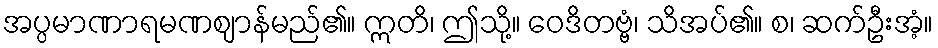
အပ္ပမာဏာရမဏဈာန်မည်၏။ ဣတိ၊ ဤသို့။ ဝေဒိတဗ္ဗံ၊ သိအပ်၏။ စ၊ ဆက်ဦးအံ့။